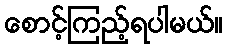
စောင့်ကြည့်ရပါမယ်။